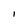
Character: l